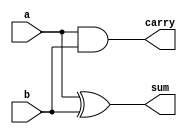
//Semisumador de dos entradas de 1 bit realizado a partir de puertas
module ha_vr(output wire sum, carry, input wire a, b);

//Declaracin de conexiones internas: no hay ninguna

//Estructura interna: Instancias de puertas y sus conexiones, se incluyen retardos
xor #1 xor1(sum, a, b); //el retardo va entre el nombre del modulo (solo en primitivas) y el de la instancia
and #1 and1(carry, a, b);

endmodule